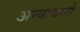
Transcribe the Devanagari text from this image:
अन्याधारों